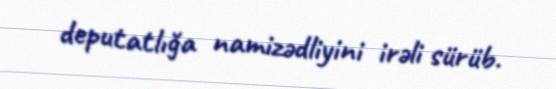
deputatlığa namizədliyini irəli sürüb.